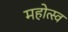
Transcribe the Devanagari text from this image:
महोत्स्व